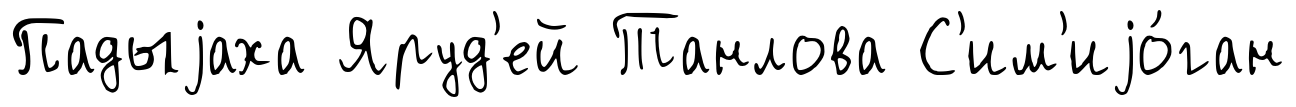
Падыjаха Яруд'ей Танлова С'им'иjо́ган